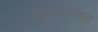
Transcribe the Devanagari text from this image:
अनुत्कमर्णायता